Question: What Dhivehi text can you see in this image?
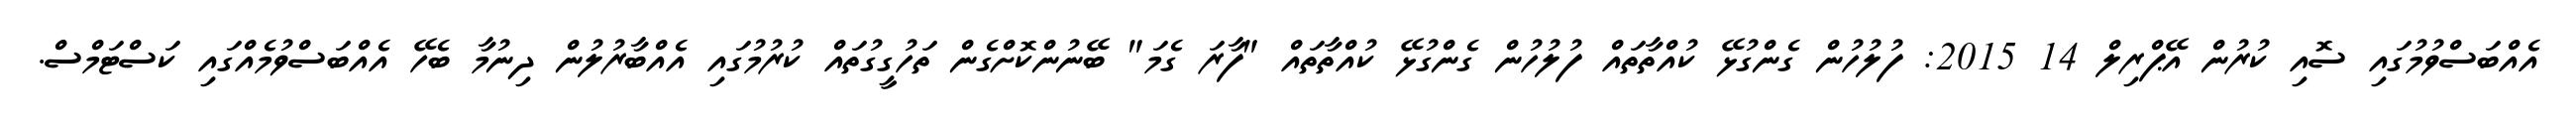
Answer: އެއްބަސްވުމުގައި ސޮއި ކުރުން އޭޕްރިލް 14 2015: ފުލުހުން ގެންގުޅޭ ކުއްތާތައް ފުލުހުން ގެންގުޅޭ ކުއްތާތައް "ފާރަ ގެމަ" ބޭނުންކޮށްގެން ތަހުގީގުތައް ކުރުމުގައި އެއްބާރުލުން ދިނުމާ ބެހޭ އެއްބަސްވުމެއްގައި ކަސްޓަމްސް.